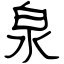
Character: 泉